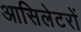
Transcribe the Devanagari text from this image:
आसिलेटरों